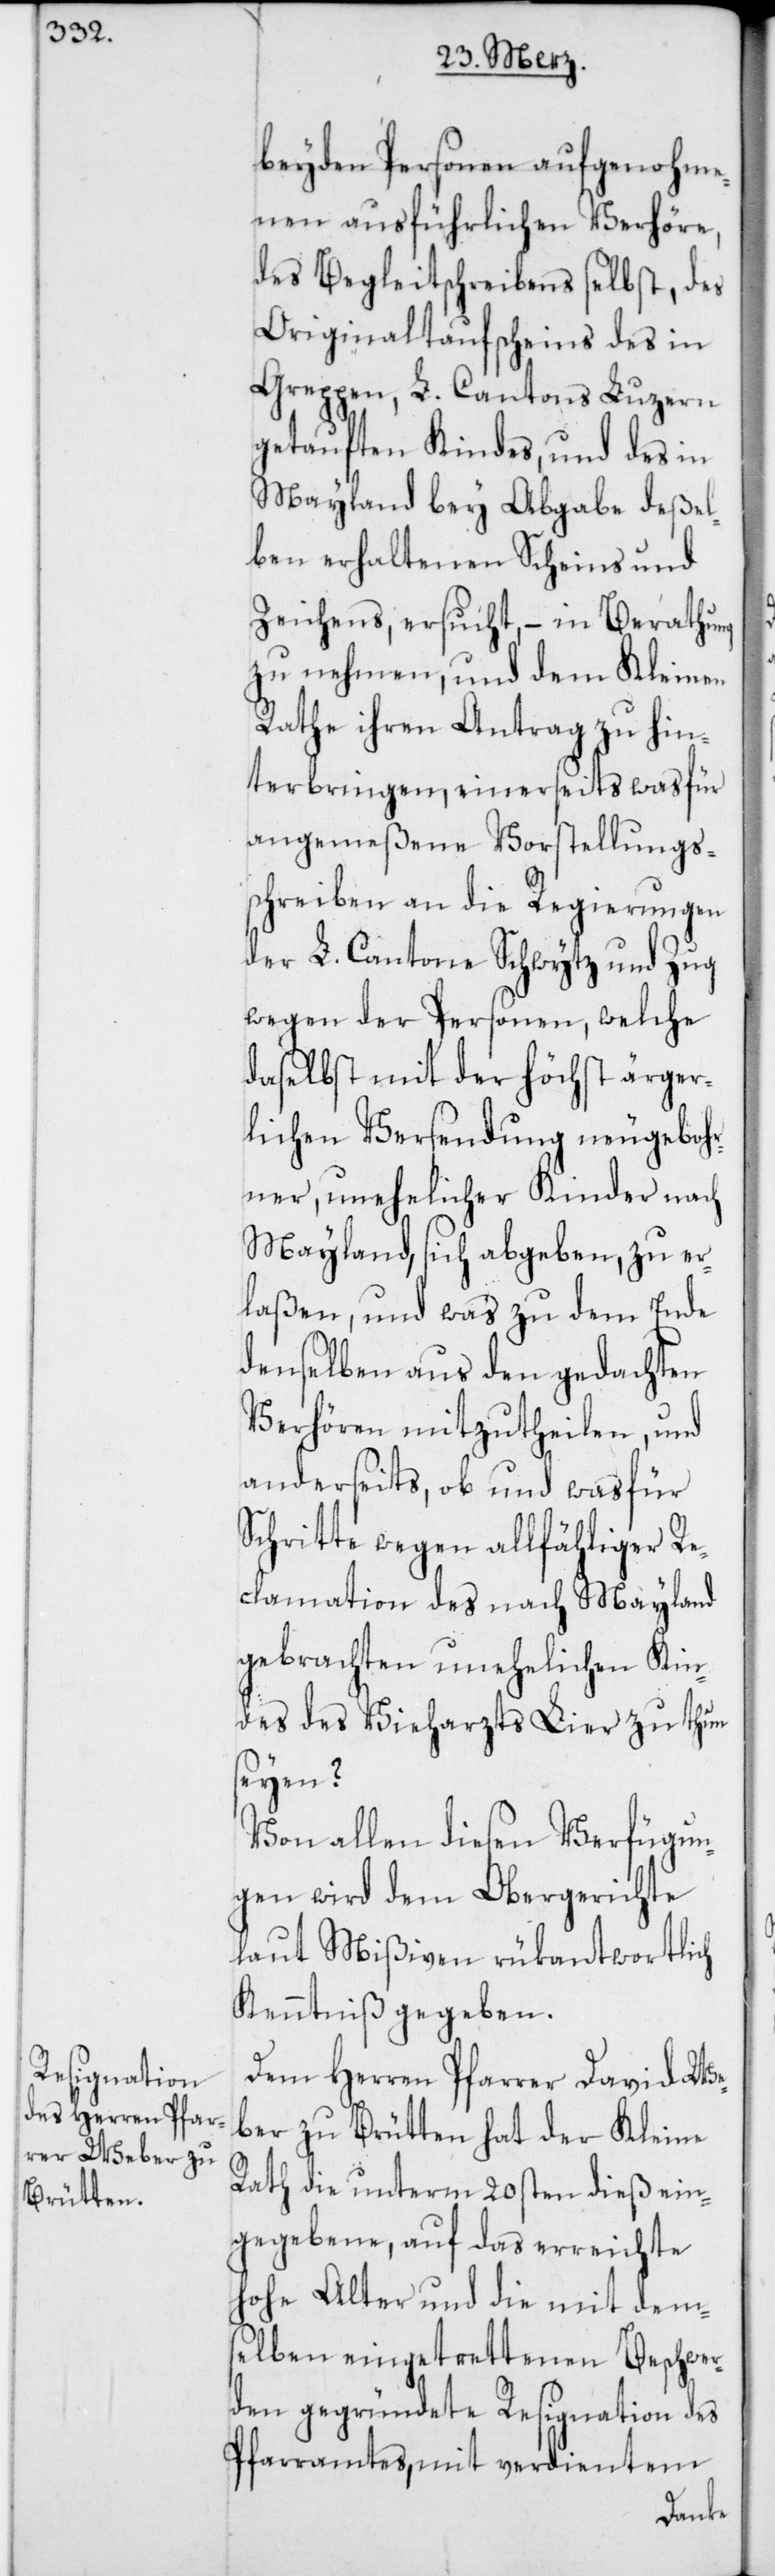
beyden Personen aufgenohme¬
nen ausführlichen Verhöre,
des Begleitschreibens selbst, des
Originaltaufscheins des in
Greppen, L. Cantons Luzern
getauften Kindes, und des in
Mayland bey Abgabe deßel¬
ben erhaltenen Scheins und
Zeichens, ersucht, – in Berathung
zu nehmen, und dem Kleinen
Rathe ihren Antrag zu hin¬
terbringen, einerseits was für
angemeßene Vorstellungs¬
schreiben an die Regierungen
der L. Cantone Schwytz und Zug
wegen der Personen, welche
daselbst mit der höchst ärger¬
lichen Versendung neu gebor¬
ner, unehelicher Kinder nach
Mayland, sich abgeben, zu er¬
laßen, und was zu dem Ende
denselben aus den gedachten
Verhören mitzutheilen, und
anderseits, ob und was für
Schritte wegen allfähliger Re¬
clamation des nach Mayland
gebrachten unehelichen Kin¬
des des Vieharztes Lier zu thun
seyen?
Von allen diesen Verfügun¬
gen wird dem Obergerichte
laut Mißiven rükantwortlich
Kenntniß gegeben.
Dem Herren Pfarrer David We¬
ber zu Brütten hat der Kleine
Rath die unterm 20sten dieß ein¬
gegebene, auf das erreichte
elben eingetrettenen Beschwer¬
den gegründete Resignation des
Pfarramtes, mit verdientem
dems¬